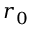
\boldsymbol { r } _ { 0 }